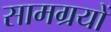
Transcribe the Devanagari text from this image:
सामग्रयों